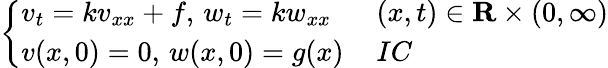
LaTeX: \left\{ \begin{array}{ll}{v_{t}=kv_{xx}+f,\, w_{t}=kw_{xx}\, }&{(x,t)\in\mathbf{R}\times(0,\infty)}\\ {v(x,0)=0,\, w(x,0)=g(x)\, }&{IC}\end{array}\right.